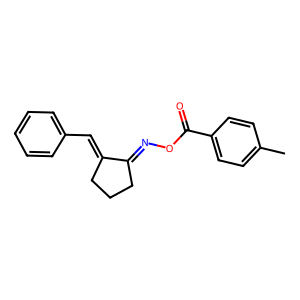
SMILES: Cc1ccc(C(=O)ON=C2CCCC2=Cc2ccccc2)cc1
Inhibits HIV replication: No